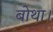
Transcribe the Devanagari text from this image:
बोथा।